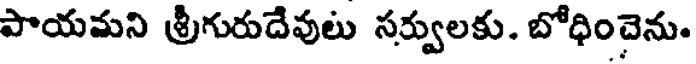
పాయమని శ్రీగురుదేవులు సర్వులకు. బోధించెను.